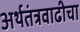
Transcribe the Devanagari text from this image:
अर्थतंत्रवाढीचा